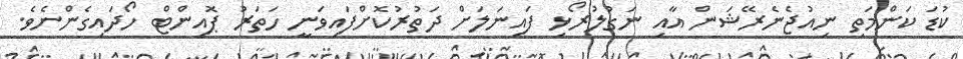
ކުޑަ ކަންމަތި ނިއުޖެނެރޭޝަން އާއި ނަގުލުރޯޅި ފައިނަލަށް ދަތުރުކޮށްފައިވަނީ ހަތަރު ޕޮއިންޓް ހޯދައިގެންނެވެ.